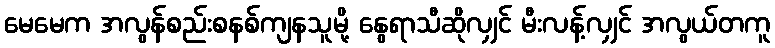
မေမေက အလွန်စည်းစနစ်ကျနသူမို့ နွေရာသီဆိုလျှင် မီးလန့်လျှင် အလွယ်တကူ